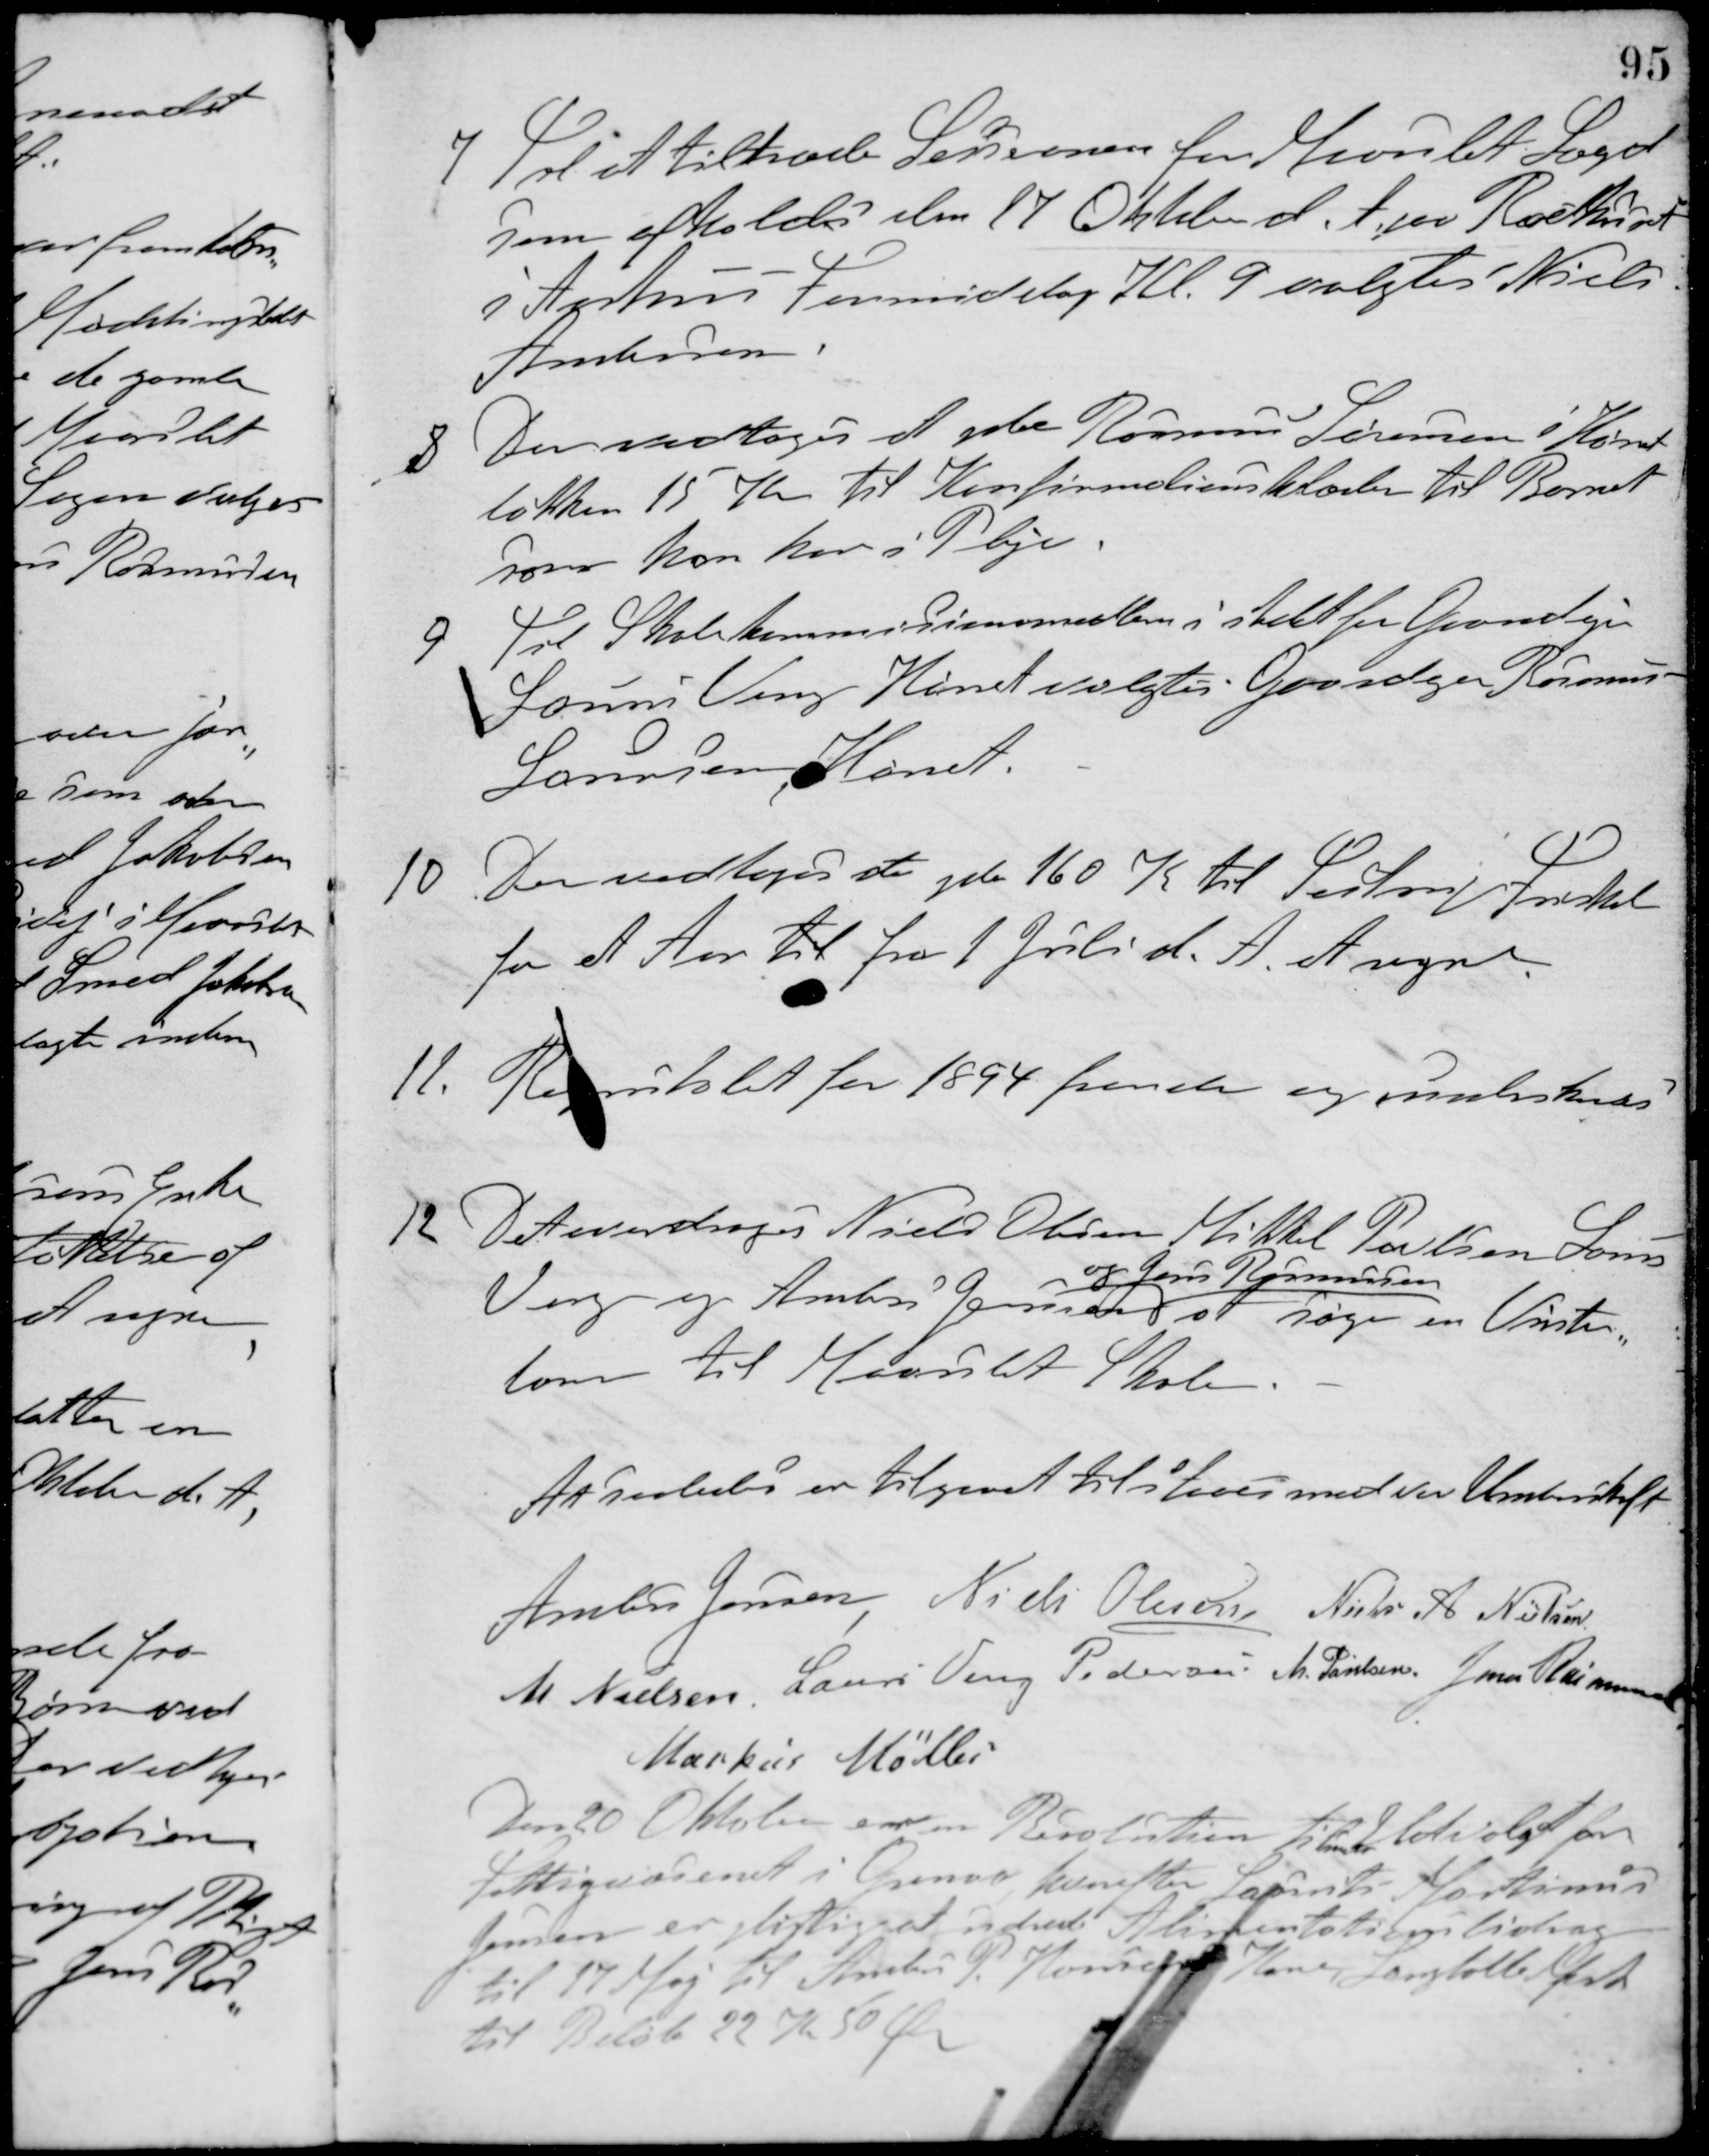
Transskription:
7. Til at tiltræde Sessionen for Maarslet Lægd
som afholdes den 17 Oktober d. A. paa Raadhuset
i Aarhus Formiddag Kl. 9 valgtes Niels
Andersen.
8. Der vedtoges at yde Rasmus Sørensen i Hørret-
løkken 15 Kr. til Konfirmationsklæder til Barnet
som han har i Pleje.
9. Til Skolekommissionsmedlem i stedet for Gaardejer
Laurs Veng Hørret valgtes Gaardejer Rasmus
Laursen, Hørret.
10. Der vedtoges at yde 160 K til Testrup Friskole
for et Aar til fra 1 Juli d. A. at regne.
11. Regnskabet for 1894 fremde og underskreves.
12. Det overdroges Niels Olesen Mikkel Poulsen Laurs
Veng og Anders Jensen
og Jens Rasmussen
at søge en Vinter-
lærer til Maarslet Skole.
At saaledes er tilgaaet tilstaaes med vor Underskrift
Anders Jensen Niels Olesen Niels A. Nielsen
M. Nielsen Laurs Veng Pedersen M. Poulsen Jens Rasmussen
Markus Møller
Den 20 Oktober ere en Resolution tilsendt Udvalget for
Fattigvæsenet i Grenaa hvorefter Laurits Martinus
Jensen er pligtig at udrede Alimentationsbidrag
til 17 Maj til Anders P. Honxxx Kone, Langballe Mark
til Beløb 22 Kr. 50 Øre.